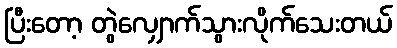
ပြီးတော့ တွဲလျှောက်သွားလိုက်သေးတယ်